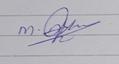
Signature authenticity: genuine